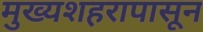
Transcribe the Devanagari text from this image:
मुख्यशहरापासून